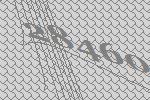
28460